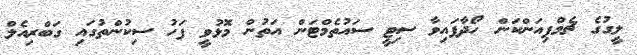
ލީގުގެ ޗެމްޕިއަންކަން ހޯދާފައިވާ ސިޓީ ސައުތެމްޓަން އަތުން މޮޅުވީ ފަހު ސިކުންތުގައި ގަބްރިއެލް